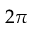
2 \pi